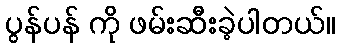
ပွန်ပန် ကို ဖမ်းဆီးခဲ့ပါတယ်။